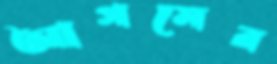
আগমের